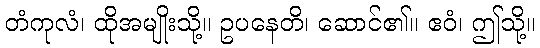
တံကုလံ၊ ထိုအမျိုးသို့။ ဥပနေတိ၊ ဆောင်၏။ ဧဝံ၊ ဤသို့။